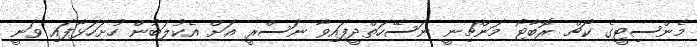
މެންސިޓީގެ ކޯޗް ރޮބާޓޯ މަންޗިނީ ނަސޭހަތްދީފައިވާ ނަސްރީ އަށް އެކުލަބުން ހުށަހަޅާފައި ވަނީ